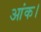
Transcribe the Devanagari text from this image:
आंक।